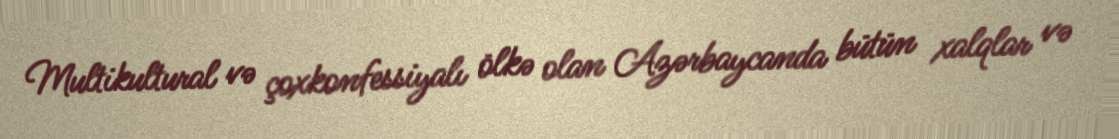
Multikultural və çoxkonfessiyalı ölkə olan Azərbaycanda bütün xalqlar və